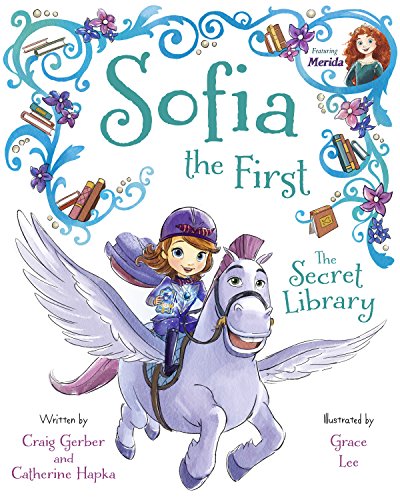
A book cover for Sofia the First The Secret Library: Purchase Includes Disney eBook!; Disney Book Group; Children's Books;